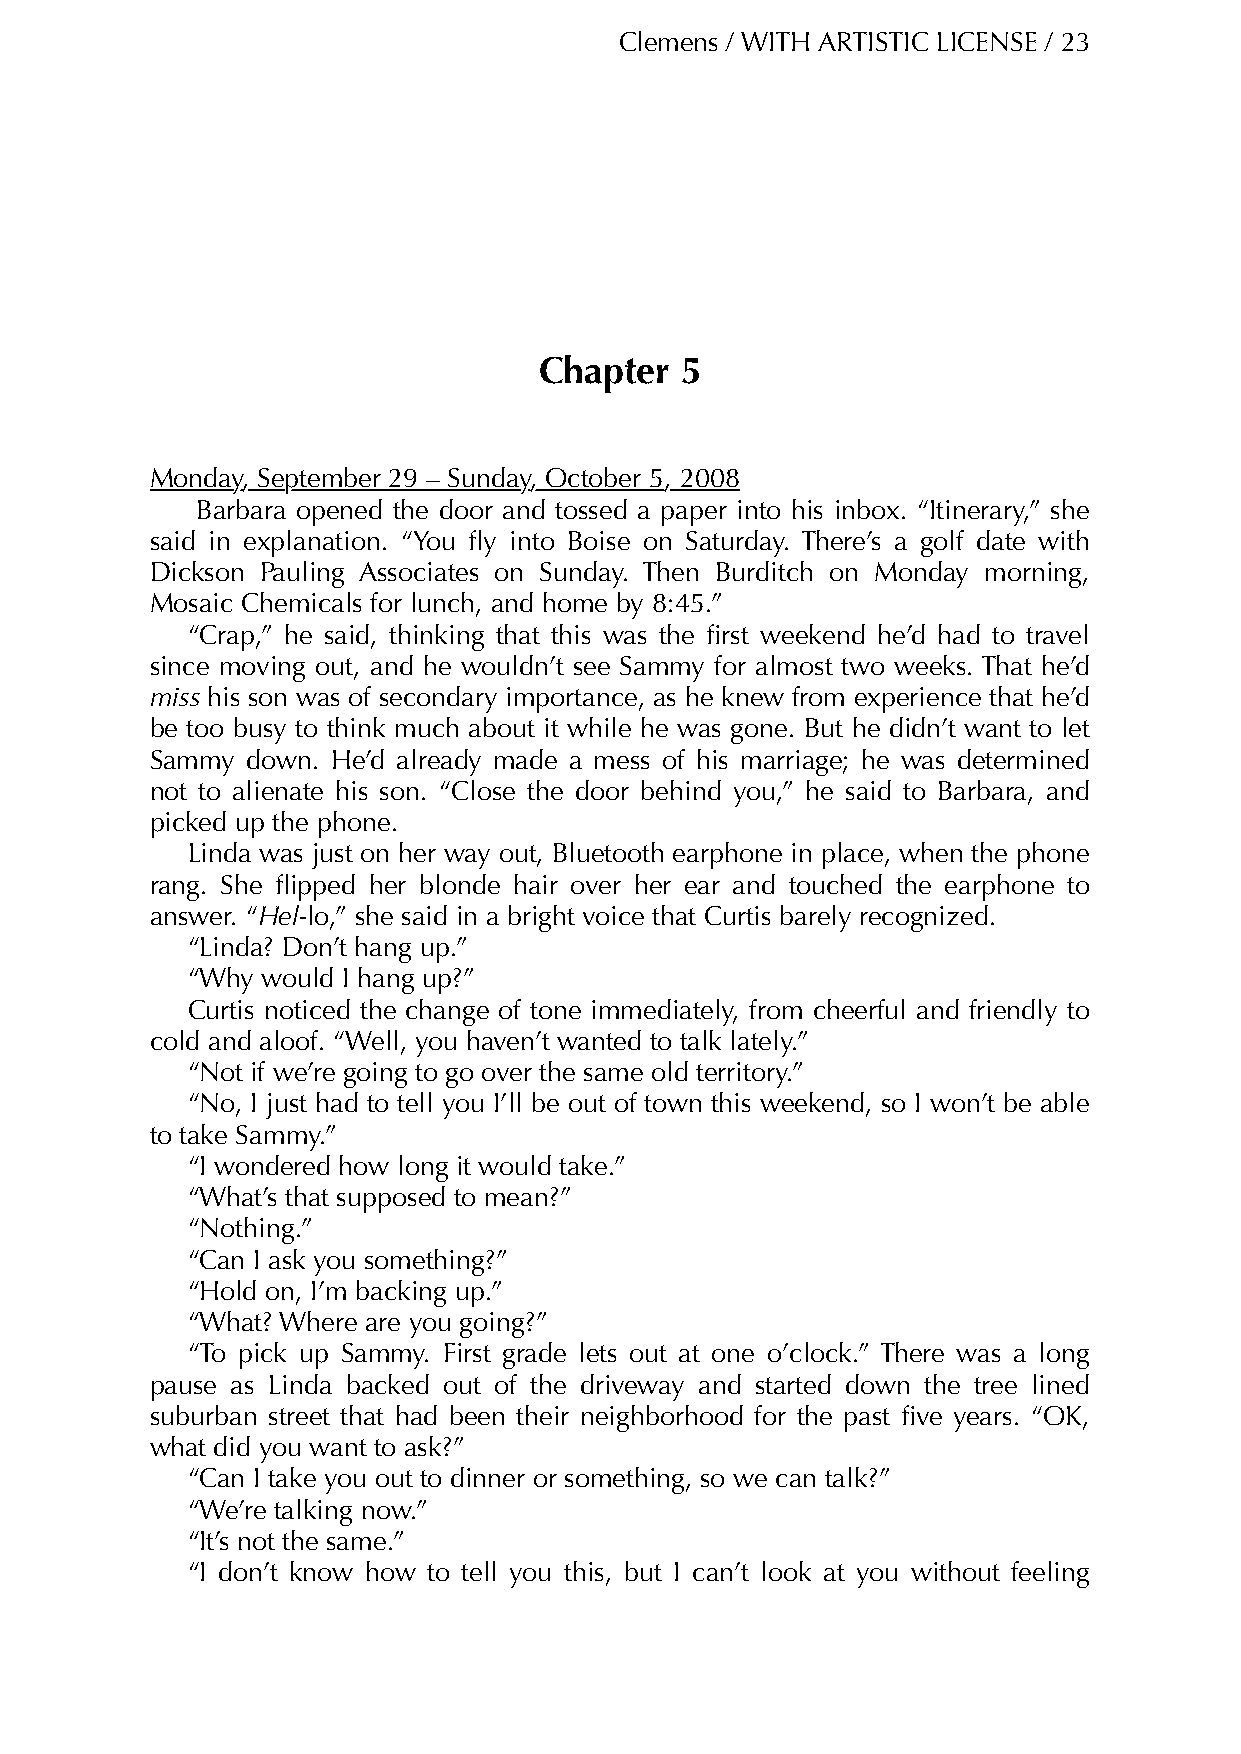
Clemens / WITH ARTISTIC LICENSE / 23
 Chapter  5
 Monday, September 29 – Sunday, October 5, 2008
 Barbara opened the door and tossed a paper into his inbox. “Itinerary,” she
 said in explanation. “You fly into Boise on Saturday. There’s a golf date with
 Dickson Pauling Associates on Sunday. Then Burditch on Monday morning,
 Mosaic Chemicals for lunch, and home by 8:45.”
 “Crap,” he said, thinking that this was the first weekend he’d had to travel
 since moving out, and he wouldn’t see Sammy for almost two weeks. That he’d
 miss his son was of secondary importance, as he knew from experience that he’d
 be too busy to think much about it while he was gone. But he didn’t want to let
 Sammy down. He’d already made a mess of his marriage; he was determined
 not to alienate his son. “Close the door behind you,” he said to Barbara, and
 picked up the phone.
 Linda was just on her way out, Bluetooth earphone in place, when the phone
 rang. She flipped her blonde hair over her ear and touched the earphone to
 answer. “Hel-lo,” she said in a bright voice that Curtis barely recognized.
 “Linda? Don’t hang up.”
 “Why would I hang up?”
 Curtis noticed the change of tone immediately, from cheerful and friendly to
 cold and aloof. “Well, you haven’t wanted to talk lately.”
 “Not if we’re going to go over the same old territory.”
 “No, I just had to tell you I’ll be out of town this weekend, so I won’t be able
 to take Sammy.”
 “I wondered how long it would take.”
 “What’s that supposed to mean?”
 “Nothing.”
 “Can I ask you something?”
 “Hold on, I’m backing up.”
 “What? Where are you going?”
 “To pick up Sammy. First grade lets out at one o’clock.” There was a long
 pause as Linda backed out of the driveway and started down the tree lined
 suburban street that had been their neighborhood for the past five years. “OK,
 what did you want to ask?”
 “Can I take you out to dinner or something, so we can talk?”
 “We’re talking now.”
 “It’s not the same.”
 “I don’t know how to tell you this, but I can’t look at you without feeling